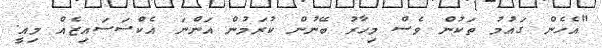
"އެހެން ގައުމު ތަކުން ވެސް މިހާރު ބޭނުން ކުރަމުން އަންނަ އެކްސަސައިޒެއް މިއީ.